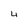
Character: 4